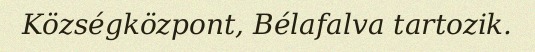
Községközpont, Bélafalva tartozik.